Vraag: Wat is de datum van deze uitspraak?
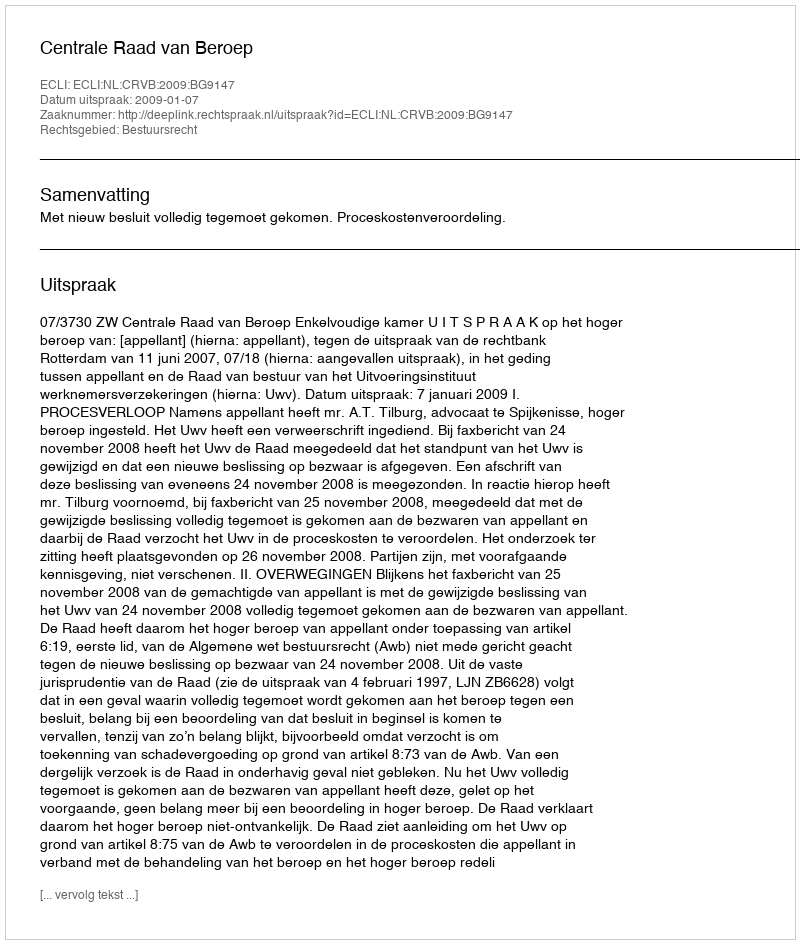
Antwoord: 2009-01-07